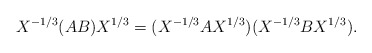
\begin{align*}X^{-1/3}(AB)X^{1/3} = (X^{-1/3}AX^{1/3})(X^{-1/3}BX^{1/3}).\end{align*}